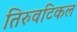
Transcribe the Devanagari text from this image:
तिरुवटिकल